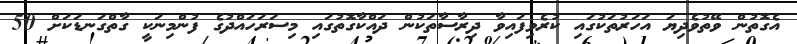
އެގޮތުން ވޭތުވެދިޔަ އަހަރުތަކުގައި ކުރެވިފައިވާ ދިރާސާތަކުން ދައްކާގޮތުގައި މިސަރަހައްދުގެ ފުންމިނަކީ ގާތްގަނޑަކަށް 50